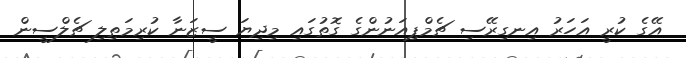
އޭގެ ކުރީ އަހަރު އިނގިރޭސި ޗެމްޕިއަނުންގެ ގޮތުގައި މިދިޔަ ސީޒަނާ ކުރިމަތިލި ޗެލްސީން